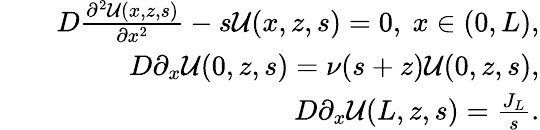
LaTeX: \begin{array}{rlr}&{}&{D\frac{\partial^{2}{\mathcal U}(x,z,s)}{\partial x^{2}}-s{\mathcal U}(x,z,s)=0,\ x\in(0,L),}\\ &{}&{D\partial_{x}{\mathcal U}(0,z,s)=\nu(s+z){\mathcal U}(0,z,s),}\\ &{}&{D\partial_{x}{\mathcal U}(L,z,s)=\frac{J_{L}}{s}.}\end{array}